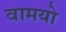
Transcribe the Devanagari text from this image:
वामयो